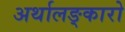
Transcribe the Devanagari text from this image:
अर्थालङ्कारो